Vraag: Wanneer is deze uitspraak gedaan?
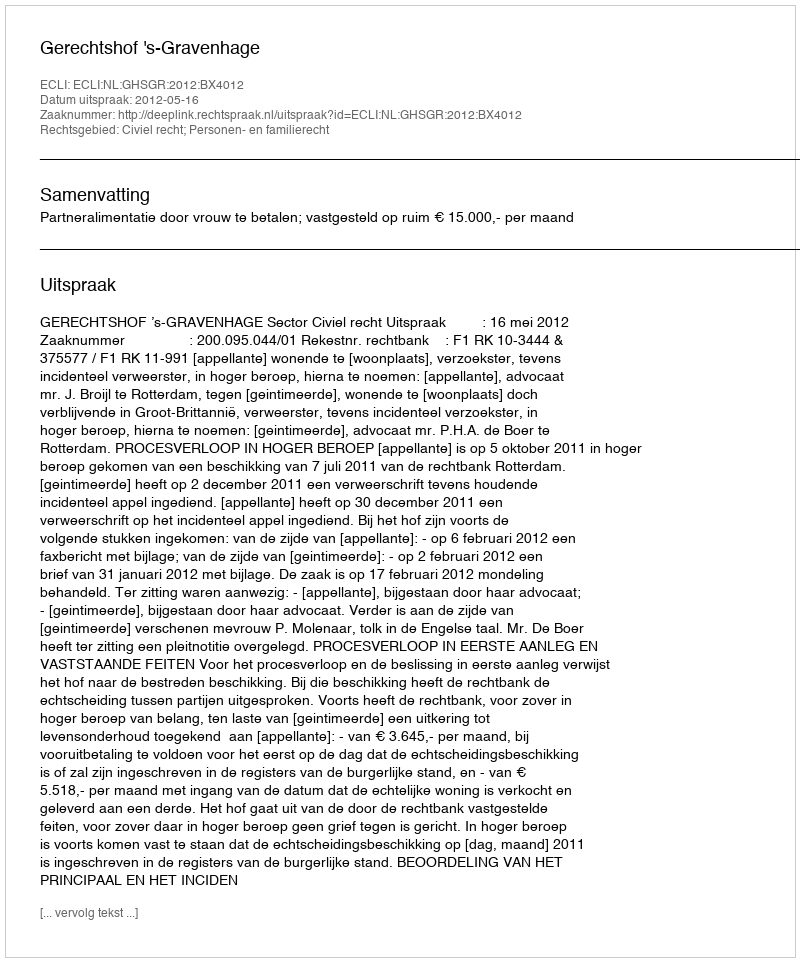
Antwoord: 2012-05-16